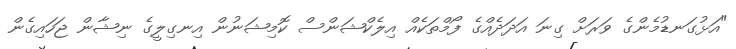
"އަޅުގަނޑުމެންގެ ވަރަށް ގިނަ އަދަދެއްގެ ފޯމްތަކެއް އިލެކްޝަންސް ކޮމިޝަނުން އިނގިލީގެ ނިޝާން ޖަހައިގެން